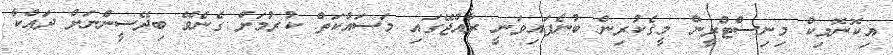
އިކޮނޮމިކް މިނިސްޓްރީން މީގެކުރިން ބުނެފައިވަނީ ރާއްޖޭގައި މަސައްކަތް ކުރުމަށް ގެނެވޭ ބިދޭސީންނަށް ދައްކާ